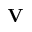
{ \bf V }